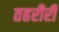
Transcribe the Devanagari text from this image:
तहरीरी